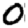
Digit: 0